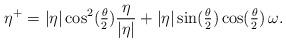
LaTeX: \begin{align*} \eta^+ = |\eta| \cos^2(\tfrac{\theta}{2}) \frac{\eta}{|\eta|} + |\eta| \sin(\tfrac{\theta}{2})\cos(\tfrac{\theta}{2})\, \omega . \end{align*}